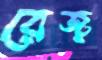
রেজ্